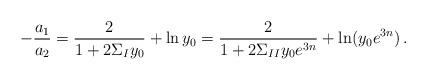
LaTeX: \begin{align*}-{a_1\over a_2} = {2 \over 1+2\Sigma_Iy_0}+\ln y_0= {2 \over 1+2\Sigma_{II}y_0 e^{3n}}+\ln (y_0e^{3n})\,.\end{align*}